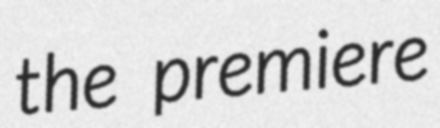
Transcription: the premiere